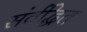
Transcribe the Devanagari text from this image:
संर्वद्धित